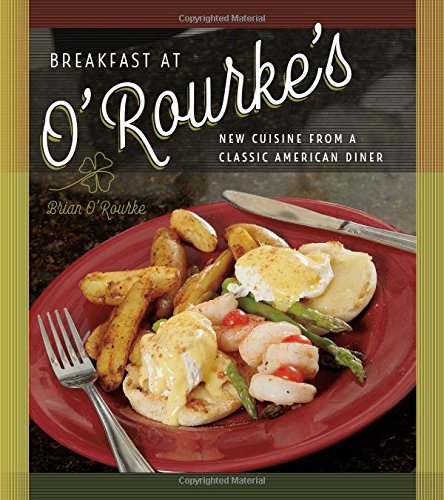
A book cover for Breakfast at O'Rourke's: New Cuisine from a Classic American Diner; Brian O'Rourke; Cookbooks, Food & Wine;